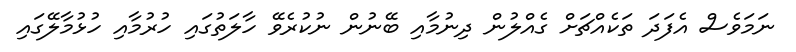
ނަމަވެސް އެފަދަ ތަކެއްޗަށް ގެއްލުން ދިނުމާއި ބޭނުން ނުކުރެވޭ ހާލަތުގައި ހުރުމާއި ހުޅުމާލޭގައި